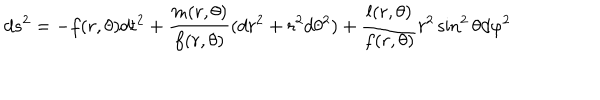
d s ^ { 2 } = - f ( r , \theta ) d t ^ { 2 } + \frac { m ( r , \theta ) } { f ( r , \theta ) } ( d r ^ { 2 } + r ^ { 2 } d \theta ^ { 2 } ) + \frac { l ( r , \theta ) } { f ( r , \theta ) } r ^ { 2 } \sin ^ { 2 } \theta d \varphi ^ { 2 }